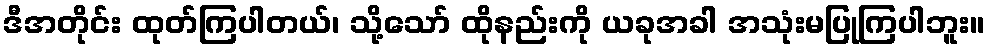
ဒီအတိုင်း ထုတ်ကြပါတယ်၊ သို့သော် ထိုနည်းကို ယခုအခါ အသုံးမပြုကြပါဘူး။